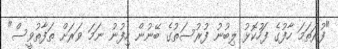
"ފުރަތަމަ ހާފުގެ ފަހުކޮޅު ލިބުނު ފުރުސަތުގެ ބޭނުން ހިފުނު ނަމަ ވަރަށް ތަފާތުވީސް"